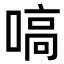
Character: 嗃